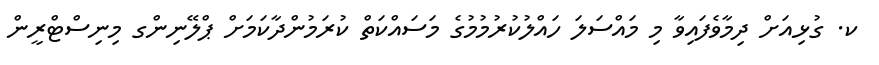
ކ. ގުޅިއަށް ދިމާވެފައިވާ މި މައްސަލަ ހައްލުކުރުމުމުގެ މަސައްކަތް ކުރަމުންދާކަމަށް ޕްލޭނިންގ މިނިސްޓްރީން